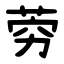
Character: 䓖